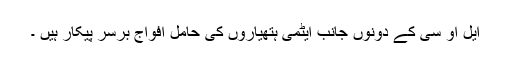
ایل او سی کے دونوں جانب ایٹمی ہتھیاروں کی حامل افواج برسر پیکار ہیں ۔